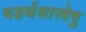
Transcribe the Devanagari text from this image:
षडर्थशास्त्रेषु